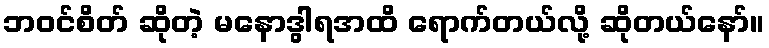
ဘဝင်စိတ် ဆိုတဲ့ မနောဒွါရအထိ ရောက်တယ်လို့ ဆိုတယ်နော်။